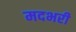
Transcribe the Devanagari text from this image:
मदभरी